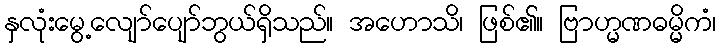
နှလုံးမွေ့လျော်ပျော်ဘွယ်ရှိသည်။ အဟောသိ၊ ဖြစ်၏။ ဗြာဟ္မဏဓမ္မိကံ၊